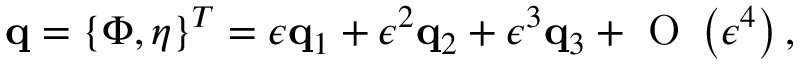
\mathbf { q } = \left\{ \Phi , \eta \right\} ^ { T } = \epsilon \mathbf { q } _ { 1 } + \epsilon ^ { 2 } \mathbf { q } _ { 2 } + \epsilon ^ { 3 } \mathbf { q } _ { 3 } + \mathrm { ~ O ~ } \left( \epsilon ^ { 4 } \right) ,